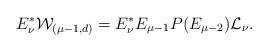
LaTeX: \begin{align*}E^*_\nu\mathcal{W}_{(\mu-1,d)}=E^*_\nu E_{\mu-1}P(E_{\mu-2})\mathcal{L}_\nu.\end{align*}